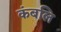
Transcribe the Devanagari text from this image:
कंबलि